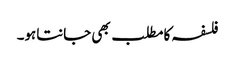
فلسفہ کامطلب بھی جانتاہو۔